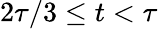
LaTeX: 2\tau/3\le t<\tau